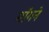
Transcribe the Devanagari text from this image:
माॅगने